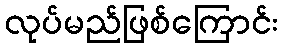
လုပ်မည်ဖြစ်ကြောင်း